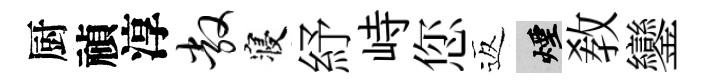
厨禎淳敞寝紓峙您返煙敎鑾